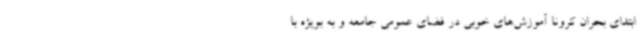
ابتدای بحران کرونا آموزش‌های خوبی در فضای عمومی جامعه و به بویژه با